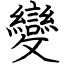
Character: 變